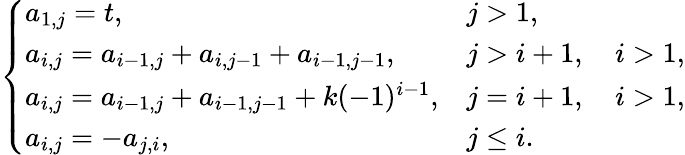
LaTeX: \left\{ \begin{array}{ll}{a_{1,j}=t,}&{j>1,}\\ {a_{i,j}=a_{i-1,j}+a_{i,j-1}+a_{i-1,j-1},}&{j>i+1,\quad i>1,}\\ {a_{i,j}=a_{i-1,j}+a_{i-1,j-1}+k(-1)^{i-1},}&{j=i+1,\quad i>1,}\\ {a_{i,j}=-a_{j,i},}&{j\leq i.}\end{array}\right.